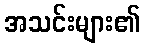
အသင်းများ၏